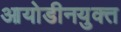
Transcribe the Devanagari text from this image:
आयोडीनयुक्त